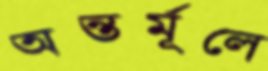
অন্তর্মূলে